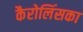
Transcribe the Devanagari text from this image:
कैरोलिंसका